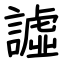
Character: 譃